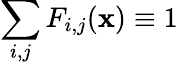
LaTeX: \sum_{i,j}F_{i,j}(\mathbf{x})\equiv 1